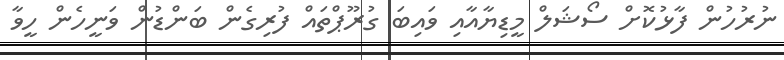
ނުރުހުން ފާޅުކޮށް ސޯޝަލް މީޑިޔާއާއި ވައިބަ ގުރޫޕްތައް ފުރިގެން ބަންޑުން ވަނީހެން ހީވާ